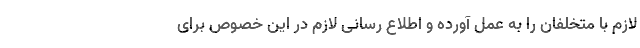
لازم با متخلفان را به عمل آورده و اطلاع رسانی لازم در این خصوص برای